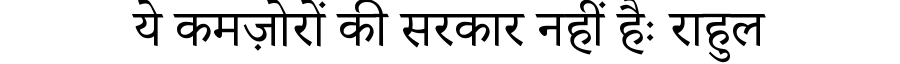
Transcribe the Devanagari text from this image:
ये कमज़ोरों की सरकार नहीं हैः राहुल